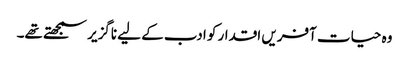
وہ حیات آفریں اقدار کو ادب کے لیے ناگزیر سمجھتے تھے۔